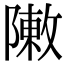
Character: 敶